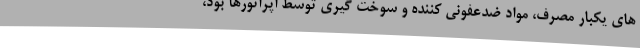
های یکبار مصرف، مواد ضدعفونی کننده و سوخت گیری توسط اپراتورها بود،